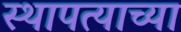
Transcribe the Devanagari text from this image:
स्थापत्याच्या